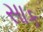
સાક